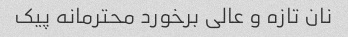
نان تازه و عالی برخورد محترمانه پیک